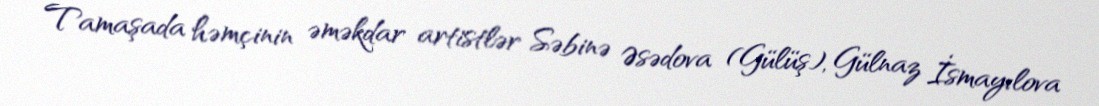
Tamaşada həmçinin əməkdar artistlər Səbinə Əsədova (Gülüş), Gülnaz İsmayılova